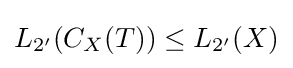
L_{2'}(C_{X}(T))\leq L_{2'}(X)